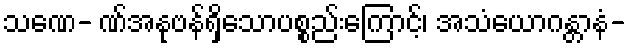
သဏေ- ဏ်အနုဗန်ရှိသောပစ္စည်းကြောင့်၊ အသံယောဂန္တာနံ-